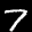
Label: 7